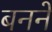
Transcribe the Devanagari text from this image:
बननें